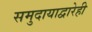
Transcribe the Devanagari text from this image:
समुदायाद्वारेही